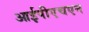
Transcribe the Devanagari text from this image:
आईपीएचएन